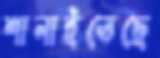
শানাইতেছে